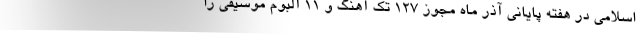
اسلامی در هفته پایانی آذر ماه مجوز ۱۲۷ تک آهنگ و ۱۱ آلبوم موسیقی را